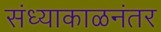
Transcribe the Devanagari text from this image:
संध्याकाळनंतर